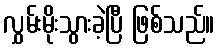
လွှမ်းမိုးသွားခဲ့ပြီ ဖြစ်သည်။